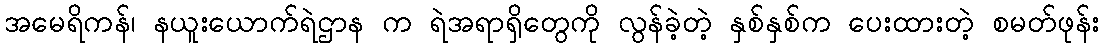
အမေရိကန်၊ နယူးယောက်ရဲဌာန က ရဲအရာရှိတွေကို လွန်ခဲ့တဲ့ နှစ်နှစ်က ပေးထားတဲ့ စမတ်ဖုန်း